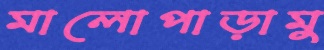
মালোপাড়ামু